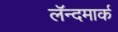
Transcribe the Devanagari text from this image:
लॅन्दमार्क